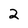
Character: 2